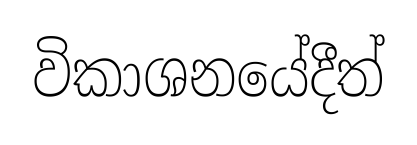
විකාශනයේදීත්